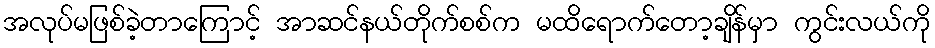
အလုပ်မဖြစ်ခဲ့တာကြောင့် အာဆင်နယ်တိုက်စစ်က မထိရောက်တော့ချိန်မှာ ကွင်းလယ်ကို